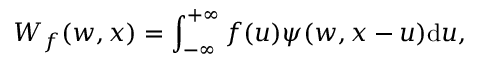
W _ { f } ( w , x ) = \int _ { - \infty } ^ { + \infty } f ( u ) \psi ( w , x - u ) \mathrm { d } u ,